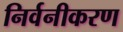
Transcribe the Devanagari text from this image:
निर्वनीकरण